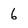
Character: 6